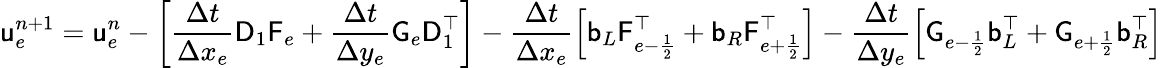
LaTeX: \mathsf{u}_{e}^{n+1}=\mathsf{u}_{e}^{n}-\left[\frac{\Delta t}{\Delta x_{e}}\mathsf{D}_{1}\mathsf{F}_{e}+\frac{\Delta t}{\Delta y_{e}}\mathsf{G}_{e}\mathsf{D}_{1}^{\top}\right]-\frac{\Delta t}{\Delta x_{e}}\left[\mathsf{b}_{L}\mathsf{F}_{e-\frac{1}{2}}^{\top}+\mathsf{b}_{R}\mathsf{F}_{e+\frac{1}{2}}^{\top}\right]-\frac{\Delta t}{\Delta y_{e}}\left[\mathsf{G}_{e-\frac{1}{2}}\mathsf{b}_{L}^{\top}+\mathsf{G}_{e+\frac{1}{2}}\mathsf{b}_{R}^{\top}\right]